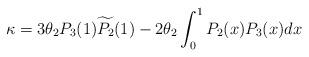
LaTeX: \begin{align*}\kappa = 3\theta_2 P_3(1)\widetilde{P_2}(1) - 2\theta_2 \int_0^1 P_2(x)P_3(x)dx\end{align*}